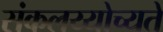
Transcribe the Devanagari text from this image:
संकलय्योच्यते